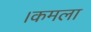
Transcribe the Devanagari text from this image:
।कमला